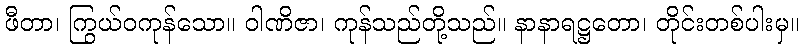
ဖီတာ၊ ကြွယ်ဝကုန်သော။ ဝါဏိဇာ၊ ကုန်သည်တို့သည်။ နာနာရဋ္ဌတော၊ တိုင်းတစ်ပါးမှ။